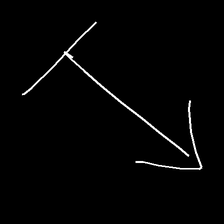
Glyph: levitation